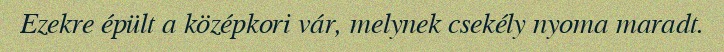
Ezekre épült a középkori vár, melynek csekély nyoma maradt.